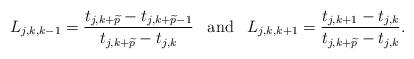
LaTeX: \begin{align*}L_{j,k,k-1} = {t_{j,k+\widetilde{p}}-t_{j,k+\widetilde{p}-1} \over t_{j,k+\widetilde{p}}-t_{j,k}}\,\,\,\mbox{ and }\,\,\,L_{j,k,k+1} = {t_{j,k+1}-t_{j,k} \over t_{j,k+\widetilde{p}}-t_{j,k}}.\end{align*}